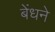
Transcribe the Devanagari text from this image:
बेंधने